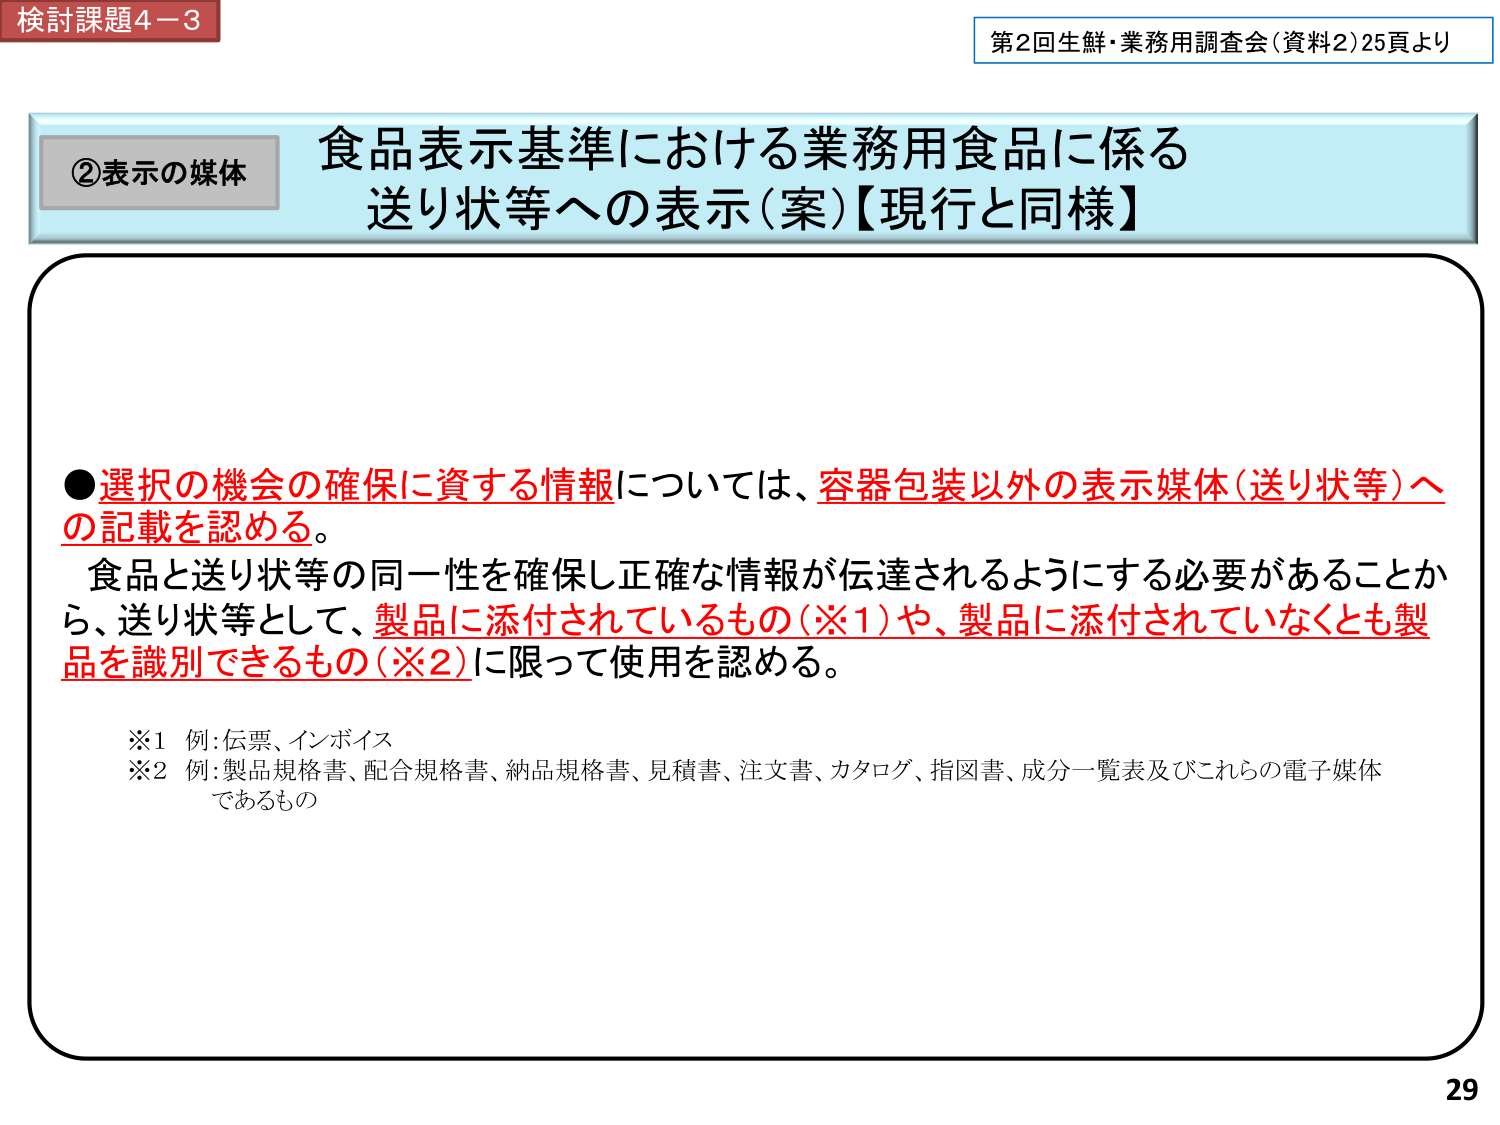
検討課題4－3
第2回生鮮・業務用調査会（資料2）25頁より

②表示の媒体
食品表示基準における業務用食品に係る
送り状等への表示（案）【現行と同様】

●選択の機会の確保に資する情報については、容器包装以外の表示媒体（送り状等）への記載を認める。
食品と送り状等の同一性を確保し正確な情報が伝達されるようにする必要があることから、送り状等として、製品に添付されているもの（※1）や、製品に添付されていなくとも製品を識別できるもの（※2）に限って使用を認める。

※1 例：伝票、インボイス
※2 例：製品規格書、配合規格書、納品規格書、見積書、注文書、カタログ、指図書、成分一覧表及びこれらの電子媒体であるもの

29